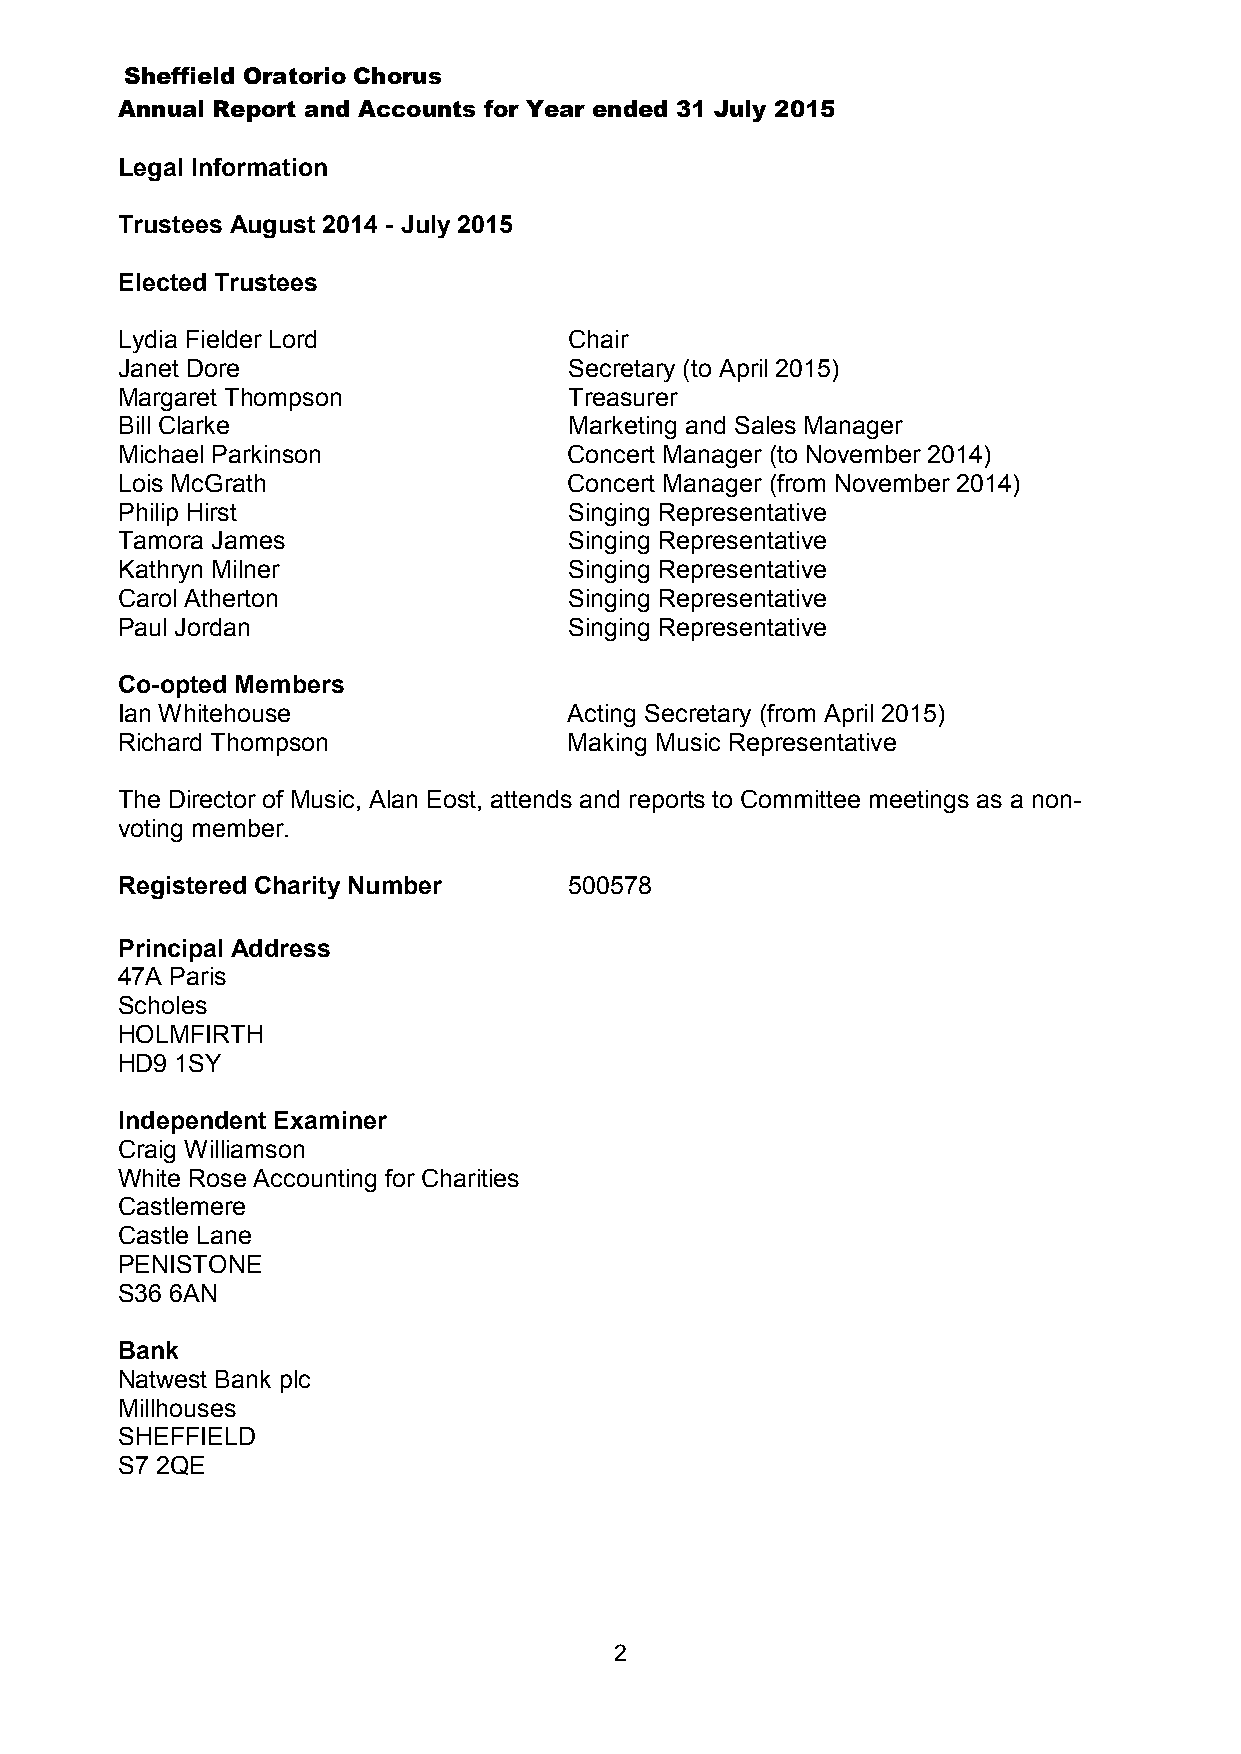
Sheffield Oratorio Chorus
 Annual Report and Accounts for Year ended 31 July 2015
 Legal Information
 Trustees August 2014 - July 2015
 Elected Trustees
 Lydia Fielder Lord            Chair
 Janet Dore                    Secretary (to April 2015)
 Margaret Thompson             Treasurer
 Bill Clarke                   Marketing and Sales Manager
 Michael Parkinson             Concert Manager (to November 2014)
 Lois McGrath                  Concert Manager (from November 2014)
 Philip Hirst                  Singing Representative
 Tamora James                  Singing Representative
 Kathryn Milner                Singing Representative
 Carol Atherton                Singing Representative
 Paul Jordan                   Singing Representative
 Co-opted Members
 Ian Whitehouse                Acting Secretary (from April 2015)
 Richard Thompson              Making Music Representative
 The Director of Music, Alan Eost, attends and reports to Committee meetings as a non-
 voting member.
 Registered Charity Number     500578
 Principal Address
 47A Paris
 Scholes
 HOLMFIRTH
 HD9 1SY
 Independent Examiner
 Craig Williamson
 White Rose Accounting for Charities
 Castlemere
 Castle Lane
 PENISTONE
 S36 6AN
 Bank
 Natwest Bank plc
 Millhouses
 SHEFFIELD
 S7 2QE
 2